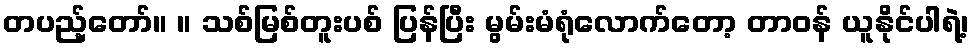
တပည့်တော်။ ။ သစ်မြစ်တူးပစ် ပြန်ပြီး မွမ်းမံရုံလောက်တော့ တာဝန် ယူနိုင်ပါရဲ့၊